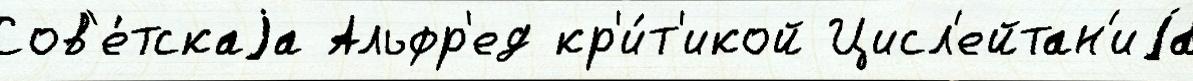
Сов'е́тскаjа Альфр'ед кр'и́т'икой Цисл'ейтан'иjа